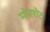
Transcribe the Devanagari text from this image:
मोरशेट